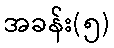
အခန်း(၅)